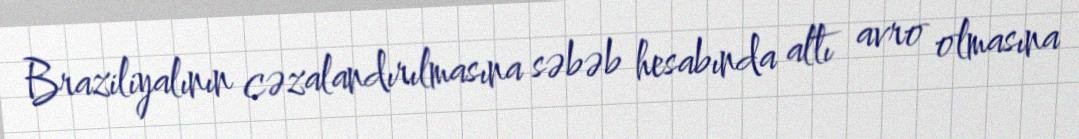
Braziliyalının cəzalandırılmasına səbəb hesabında altı avro olmasına